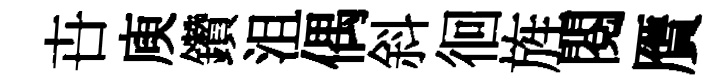
卋庾鑽沮偶斜徊旌閲贋